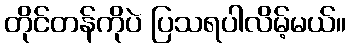
တိုင်တန်ကိုပဲ ပြသရပါလိမ့်မယ်။